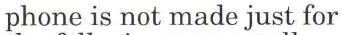
phone is not made just for